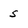
Character: S